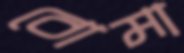
বোমা